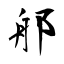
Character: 郍